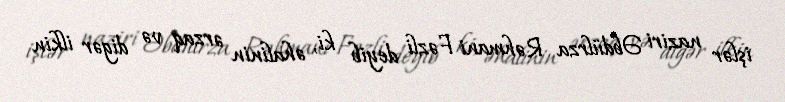
işlər naziri Əbdülrza Rəhmani Fəzli deyib ki, əhalinin ərzaq və digər ilkin